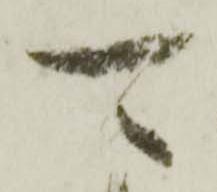
可